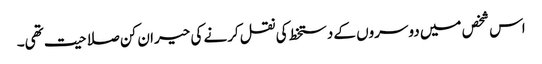
اس شخص میں دوسروں کے دستخط کی نقل کرنے کی حیران کن صلاحیت تھی۔